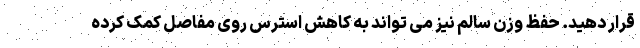
قرار دهید. حفظ وزن سالم نیز می تواند به کاهش استرس روی مفاصل کمک کرده